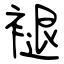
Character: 褪